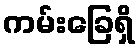
ကမ်းခြေရှိ